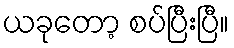
ယခုတော့ စပ်ပြီးပြီ။